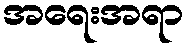
အရေးအရာ